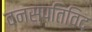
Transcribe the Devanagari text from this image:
वनस्पतिविद